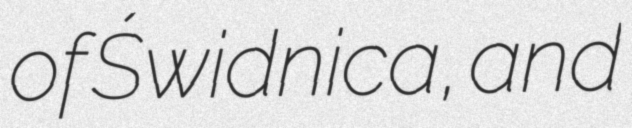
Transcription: of Świdnica, and